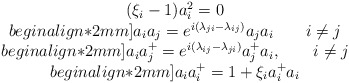
\begin{align*}\begin{array}{c}(\xi_{i} -1) a^{2}_{i}=0\\begin{align*}2mm]a_{i}a_{j}= e^{i(\lambda_{ji}-\lambda_{ij})} a_{j}a_{i} \qquad i \neq j\\begin{align*}2mm]a_{i}a^{+}_{j}=e^{i(\lambda_{ij}-\lambda_{ji})}a^{+}_{j}a_{i}, \qquad i \neq j\\begin{align*}2mm]a_{i}a^{+}_{i}=1+ \xi_{i} a^{+}_{i}a_{i}\end{array}\end{align*}